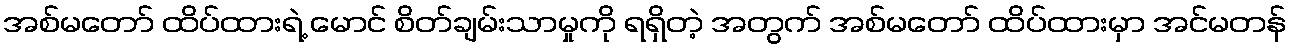
အစ်မတော် ထိပ်ထားရဲ့ မောင် စိတ်ချမ်းသာမှုကို ရရှိတဲ့ အတွက် အစ်မတော် ထိပ်ထားမှာ အင်မတန်